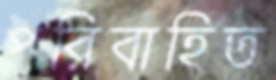
পরিবাহিত